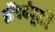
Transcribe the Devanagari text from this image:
सौंदर्यपूरति